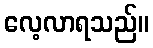
လေ့လာရသည်။